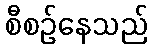
စီစဉ်နေသည်